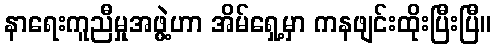
နာရေးကူညီမှုအဖွဲ့ဟာ အိမ်ရှေ့မှာ ကနဖျင်းထိုးပြီးပြီ။